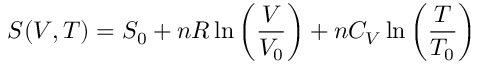
S ( V , T ) = S _ { 0 } + n R \ln \left( { \frac { V } { V _ { 0 } } } \right) + n C _ { V } \ln \left( { \frac { T } { T _ { 0 } } } \right)